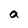
Character: a